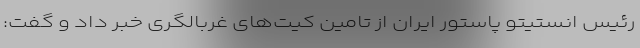
رئیس انستیتو پاستور ایران از تامین کیت‌های غربالگری خبر داد و گفت: